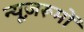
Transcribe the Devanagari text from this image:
न्यूज़रूमों